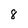
Character: 8